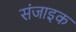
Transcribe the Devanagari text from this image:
संजाइक